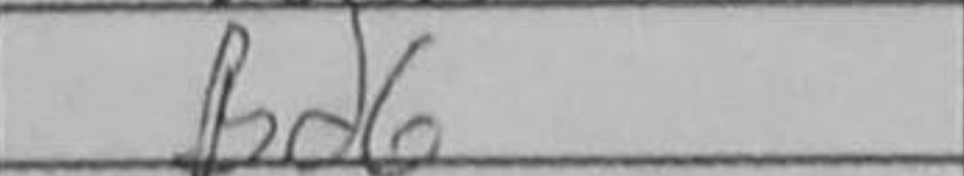
Transcription: Bd6